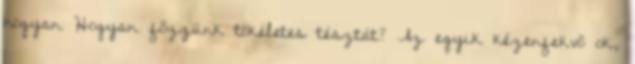
hogyan Hogyan főzzünk tökéletes tésztát? Az egyik kézenfekvő ok,